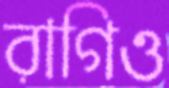
রাগিও